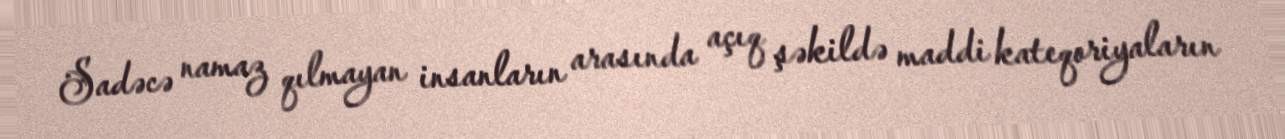
Sadəcə namaz qılmayan insanların arasında açıq şəkildə maddi kateqoriyaların